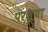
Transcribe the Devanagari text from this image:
परश्‍या